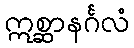
ဣစ္ဆာနင်္ဂလံ